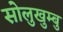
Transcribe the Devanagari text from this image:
सोलुखुम्बु